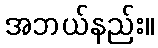
အဘယ်နည်း။